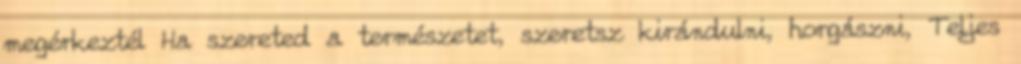
megérkeztél Ha szereted a természetet, szeretsz kirándulni, horgászni, Teljes